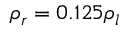
\rho _ { r } = 0 . 1 2 5 \rho _ { l }